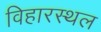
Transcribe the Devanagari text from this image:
विहारस्थल